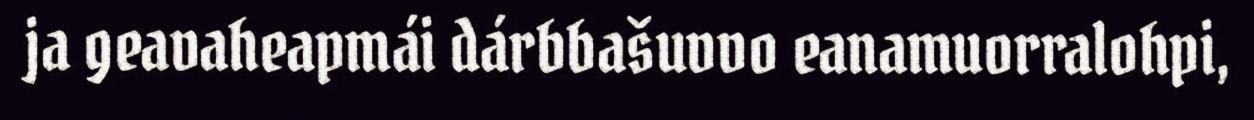
ja geavaheapmái dárbbašuvvo eanamuorralohpi,